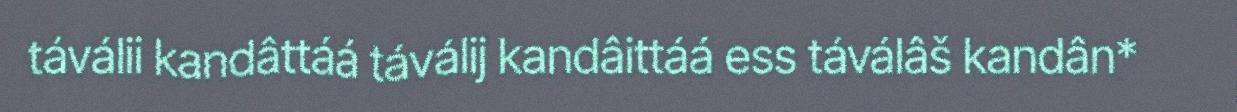
táválii kandâttáá táválij kandâittáá ess táválâš kandân*